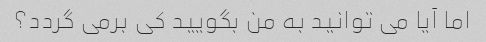
اما آیا می توانید به من بگویید کی برمی گردد؟